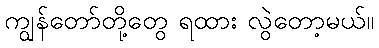
ကျွန်တော်တို့တွေ ရထား လွဲတော့မယ်။